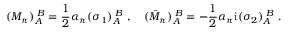
( M _ { \pi } ) _ { A } ^ { \; B } = \frac { 1 } { 2 } \alpha _ { \pi } ( \sigma _ { 1 } ) _ { A } ^ { \; B } \ , \quad ( \bar { M } _ { \pi } ) _ { A } ^ { \; B } = - \frac { 1 } { 2 } \alpha _ { \pi } \mathrm { i } ( \sigma _ { 2 } ) _ { A } ^ { \; B } \ .